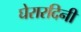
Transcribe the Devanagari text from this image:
घेरारदिनी